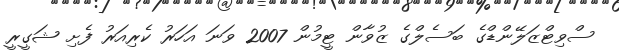
ސްވިޓްޒަލޭންޑްގެ ބަސެލްގެ ޒުވާން ޓީމުން 2007 ވަނަ އަހަރު ކެރިއަރު ފެށި ޝަގީރީ